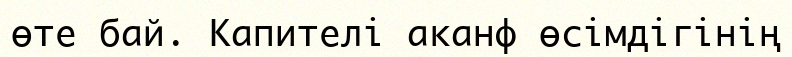
өте бай. Капителі аканф өсімдігінің